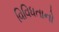
વિવિધતાનો